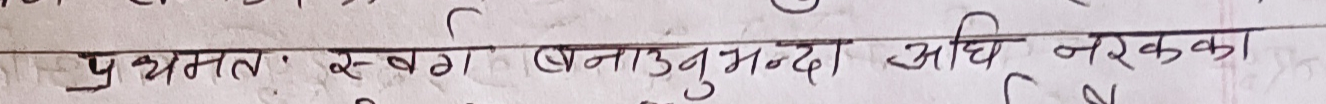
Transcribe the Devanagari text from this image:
प्रथमतः स्वर्ग बनाउनुभन्दा अघि नरकका